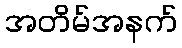
အတိမ်အနက်